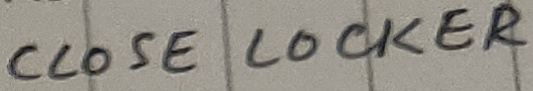
Text: CLOSE LOCKER